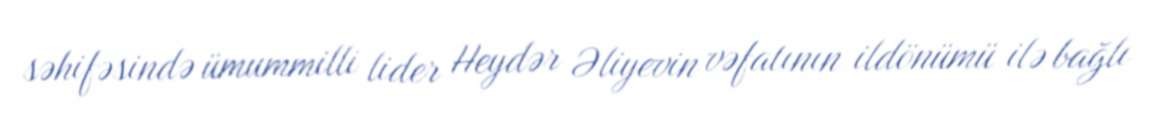
səhifəsində ümummilli lider Heydər Əliyevin vəfatının ildönümü ilə bağlı